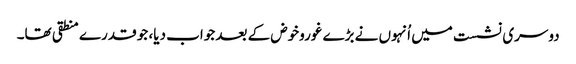
دوسری نشست میں اُنہوں نے بڑے غوروخوض کے بعد جواب دیا، جو قدرے منطقی تھا۔